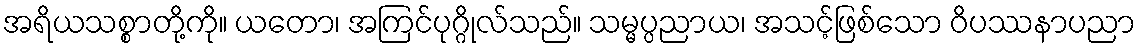
အရိယသစ္စာတို့ကို။ ယတော၊ အကြင်ပုဂ္ဂိုလ်သည်။ သမ္မပ္ပညာယ၊ အသင့်ဖြစ်သော ဝိပဿနာပညာ